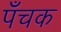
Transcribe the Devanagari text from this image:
पँचक